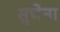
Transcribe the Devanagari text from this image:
सुचेना